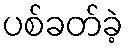
ပစ်ခတ်ခဲ့